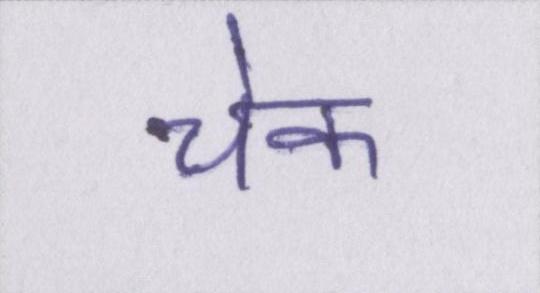
चेक